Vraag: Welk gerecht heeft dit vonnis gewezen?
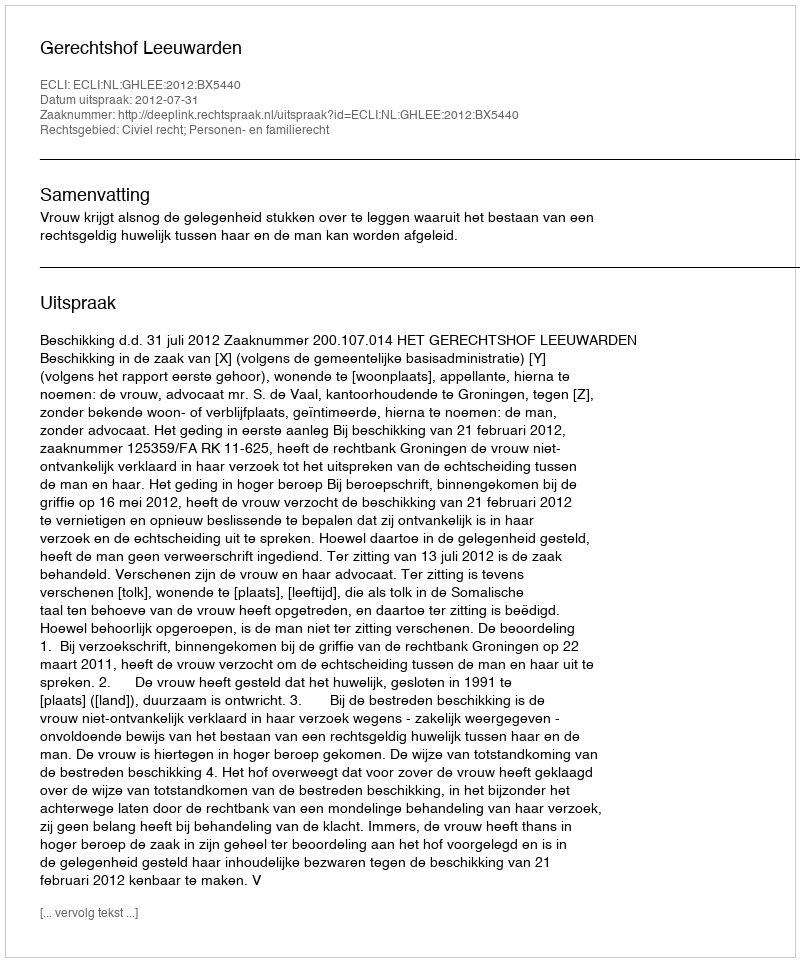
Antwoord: Gerechtshof Leeuwarden